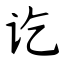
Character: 讫